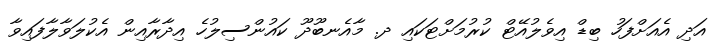
އަދި އެއަށްފަހު ބިޑް އިވެލުއޭޓް ކުރުމަށްޓަކައި ދ. މާއެނބޫދޫ ކައުންސިލުހެ އިދާރާއިން އެކުލަވާލާފައިވާ